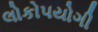
લોકો૫યોગી